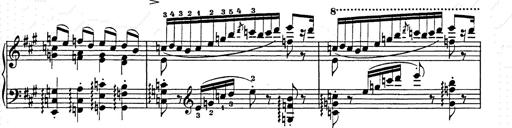
Title: Hungarian Rhapsody No.15
Composer: Franz Liszt
Key: A minor